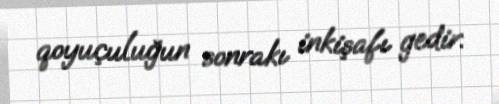
qoyuçuluğun sonrakı inkişafı gedir.